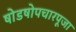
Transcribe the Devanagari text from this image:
षोडषोपचारपूजा